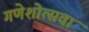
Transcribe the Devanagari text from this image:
गणेशोत्सवा